system: You are a helpful assistant.
user:
Analyze the provided spectrum to determine if it is a **Carbon Star (C-type)**.

- **Key Visual Indicators of Carbon Star:**
    - **(Primary):** Strong molecular absorption from **C₂ (diatomic carbon) "Swan Bands."** This is the **defining feature** of a carbon star.
        - **(Key Bandheads):** Sharp absorption edges are visible at approximately $5635$ Å, $5165$ Å (the strongest band), and $4737$ Å.
        - **(Line Profile):** Creates a distinct **"saw-tooth"** pattern. The key morphology is a sharp, steep bandhead on the **red (long-wavelength) side**, which then gradually tapers off (i.e., flux recovers) towards the **blue (short-wavelength) side**. *(This is the direct opposite of the TiO bands seen in M-type stars)*.

    - **(Secondary):** Intense **CN (cyanogen)** molecular absorption bands.
        - **(Key Bandheads):** Located in the blue and violet regions of the spectrum (e.g., near $4215$ Å and $3883$ Å).
        - **(Morphology):** These bands are extremely broad and act as a "blanket," absorbing the vast majority of blue and violet light. This creates a characteristic **"cliff"** or **"steep drop-off"** in the spectrum's flux at short wavelengths.

    - **(Key Confirmation):** Strong **CH absorption band (G-band)**.
        - **(Key Bandhead):** Located around $4300$ Å. The contribution from CH molecules to this band is exceptionally strong.

    - **(Overall Spectrum):**
        - The continuum is severely "chopped up" by these deep molecular bands, especially C₂, rather than appearing as a smooth curve.
        - Due to the heavy CN and C₂ absorption in the blue-green, the vast majority of the star's flux is concentrated in the red part of the spectrum, giving the star its characteristic deep red color.

Think first, call **spectral_visualization_tool** if needed to examine features in detail, then provide your final answer. Your response must adhere to the following strict rules:
1.  **Overall Structure:** Your response must follow the format `<think>...</think> <tool_call>...</tool_call> (if a tool is used) <answer>...</answer>`.
2.  **Tool Usage Constraint:** You may only make **one** tool call per turn.
3.  **Final Answer Format:** In the `<answer>` tag, your conclusion must be inside a `\boxed{}` command (e.g., `\boxed{YES}`), followed by your justification.

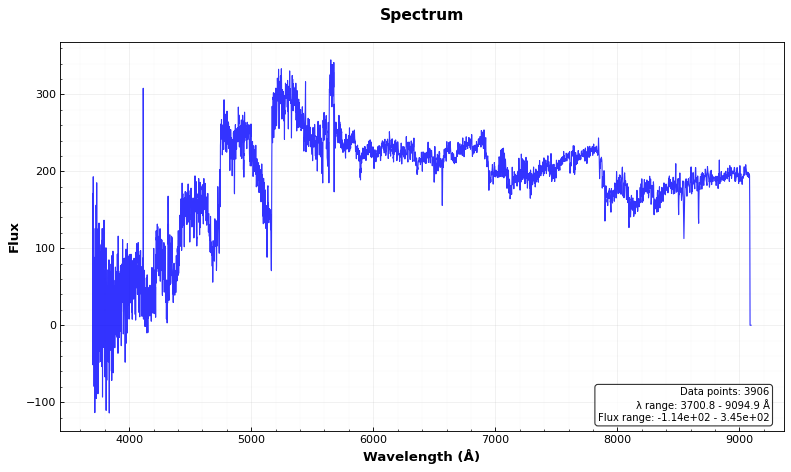
Answer: YES